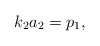
\begin{align*}k_2a_2=p_1,\end{align*}